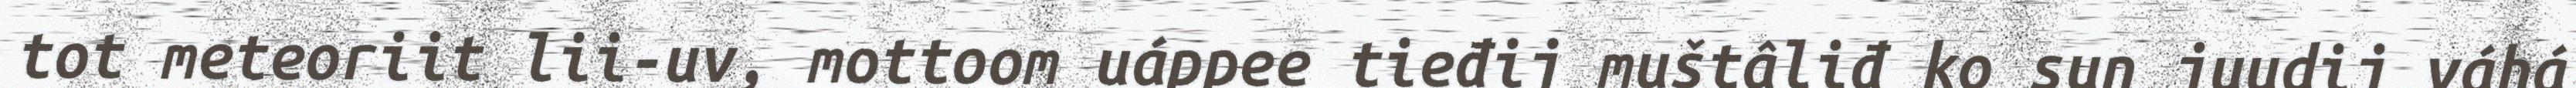
tot meteoriit lii-uv, mottoom uáppee tieđij muštâliđ ko sun juudij váhá